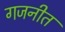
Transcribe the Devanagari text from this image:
गजनीत